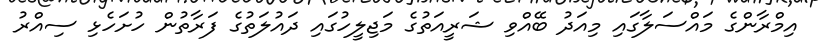
އިމްރާންގެ މައްސަލާގައި މިއަދު ބޭއްވި ޝަރީއަތުގެ މަޖިލީހުގައި ދައުލަތުގެ ފަރާތުން ހުށަހެޅި ސިއްރު